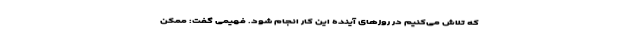
که تلاش می‌کنیم در روزهای آینده این کار انجام شود. فهیمی گفت: ممکن